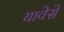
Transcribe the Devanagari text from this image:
यावेसे